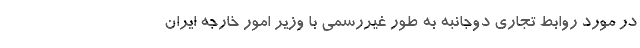
در مورد روابط تجاری دوجانبه به طور غیررسمی با وزیر امور خارجه ایران